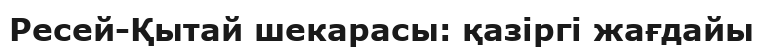
Ресей-Қытай шекарасы: қазіргі жағдайы